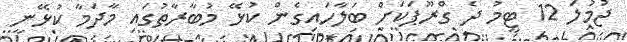
ޖުމުލަ 12 ޓީމު ދެ ގްރޫޕަކަށް ބަލާހައިގެން ކުޅޭ މުބާރާތުގައި މާދަމާ ކުޅޭނީ